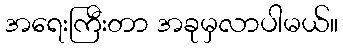
အရေးကြီးတာ အခုမှလာပါမယ်။